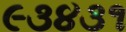
૯૩૪૩૧